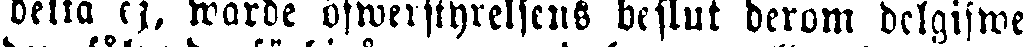
delta ej, warde öfwerstyrelsens beflut derom delgifwe